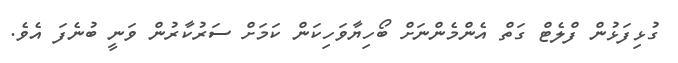
ގުޅިފަޅުން ފްލެޓް ގަތް އެންމެންނަށް ބޯހިޔާވަހިކަން ކަމަށް ސަރުކާރުން ވަނީ ބުނެފަ އެވެ.